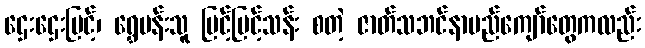
ဌေးဌေးမြင့်၊ ရွှေမန်းသူ မြင့်မြင့်သန်း စတဲ့ ဇာတ်သဘင်နာမည်ကျော်တွေကလည်း